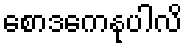
စောဒကေနုပါလိ